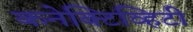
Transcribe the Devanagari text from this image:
कनेक्टिव्हिटी